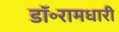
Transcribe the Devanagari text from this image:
डॉ॰रामधारी